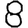
Digit: 8